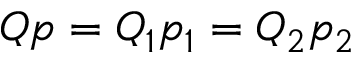
Q p = Q _ { 1 } p _ { 1 } = Q _ { 2 } p _ { 2 }